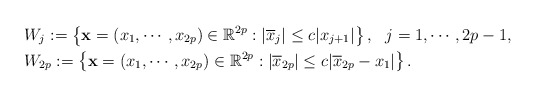
\begin{align*}&W_{j}:=\left\{\mathbf{x}=(x_{1},\cdots,x_{2p})\in\mathbb{R}^{2p}:|\overline{x}_{j}|\leq c|x_{j+1}|\right\},\ \ j=1,\cdots,2p-1,\\&W_{2p}:=\left\{\mathbf{x}=(x_{1},\cdots,x_{2p})\in\mathbb{R}^{2p}:|\overline{x}_{2p}|\leq c|\overline{x}_{2p}-x_{1}|\right\}.\end{align*}